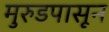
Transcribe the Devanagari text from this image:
मुरुडपासून